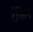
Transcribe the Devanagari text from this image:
रँकिन